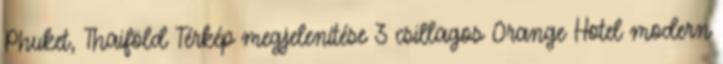
Phuket, Thaiföld Térkép megjelenítése 3 csillagos Orange Hotel modern